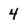
Character: 4